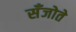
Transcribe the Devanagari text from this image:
सँजोते